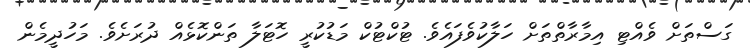
ގަސްތަށް ވެއްޓި އިމާރާތްތަށް ހަލާކުވެފައެވެ. ޓުކްޓުކް މަޑުކުރީ ހޮޓަލާ ތަންކޮޅެއް ދުރަށެވެ. މަހުދީމެން